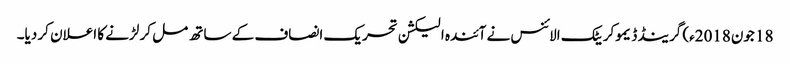
18 جون2018ء) گرینڈ ڈیموکریٹک الائنس نے آئندہ الیکشن تحریک انصاف کے ساتھ مل کر لڑنے کا اعلان کر دیا۔